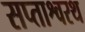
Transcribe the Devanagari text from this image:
सप्ताश्वरथ